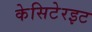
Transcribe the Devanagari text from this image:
केसिटेरइट